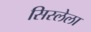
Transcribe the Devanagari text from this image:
सिस्लेला